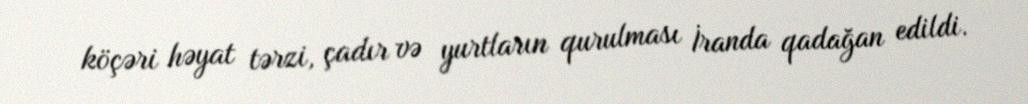
köçəri həyat tərzi, çadır və yurtların qurulması İranda qadağan edildi.